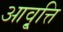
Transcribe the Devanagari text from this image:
आवृ्त्ति